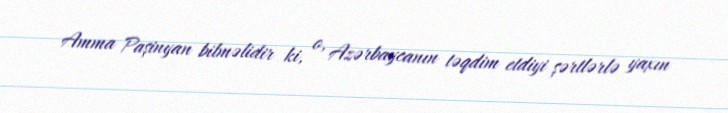
Amma Paşinyan bilməlidir ki, o, Azərbaycanın təqdim etdiyi şərtlərlə yaxın